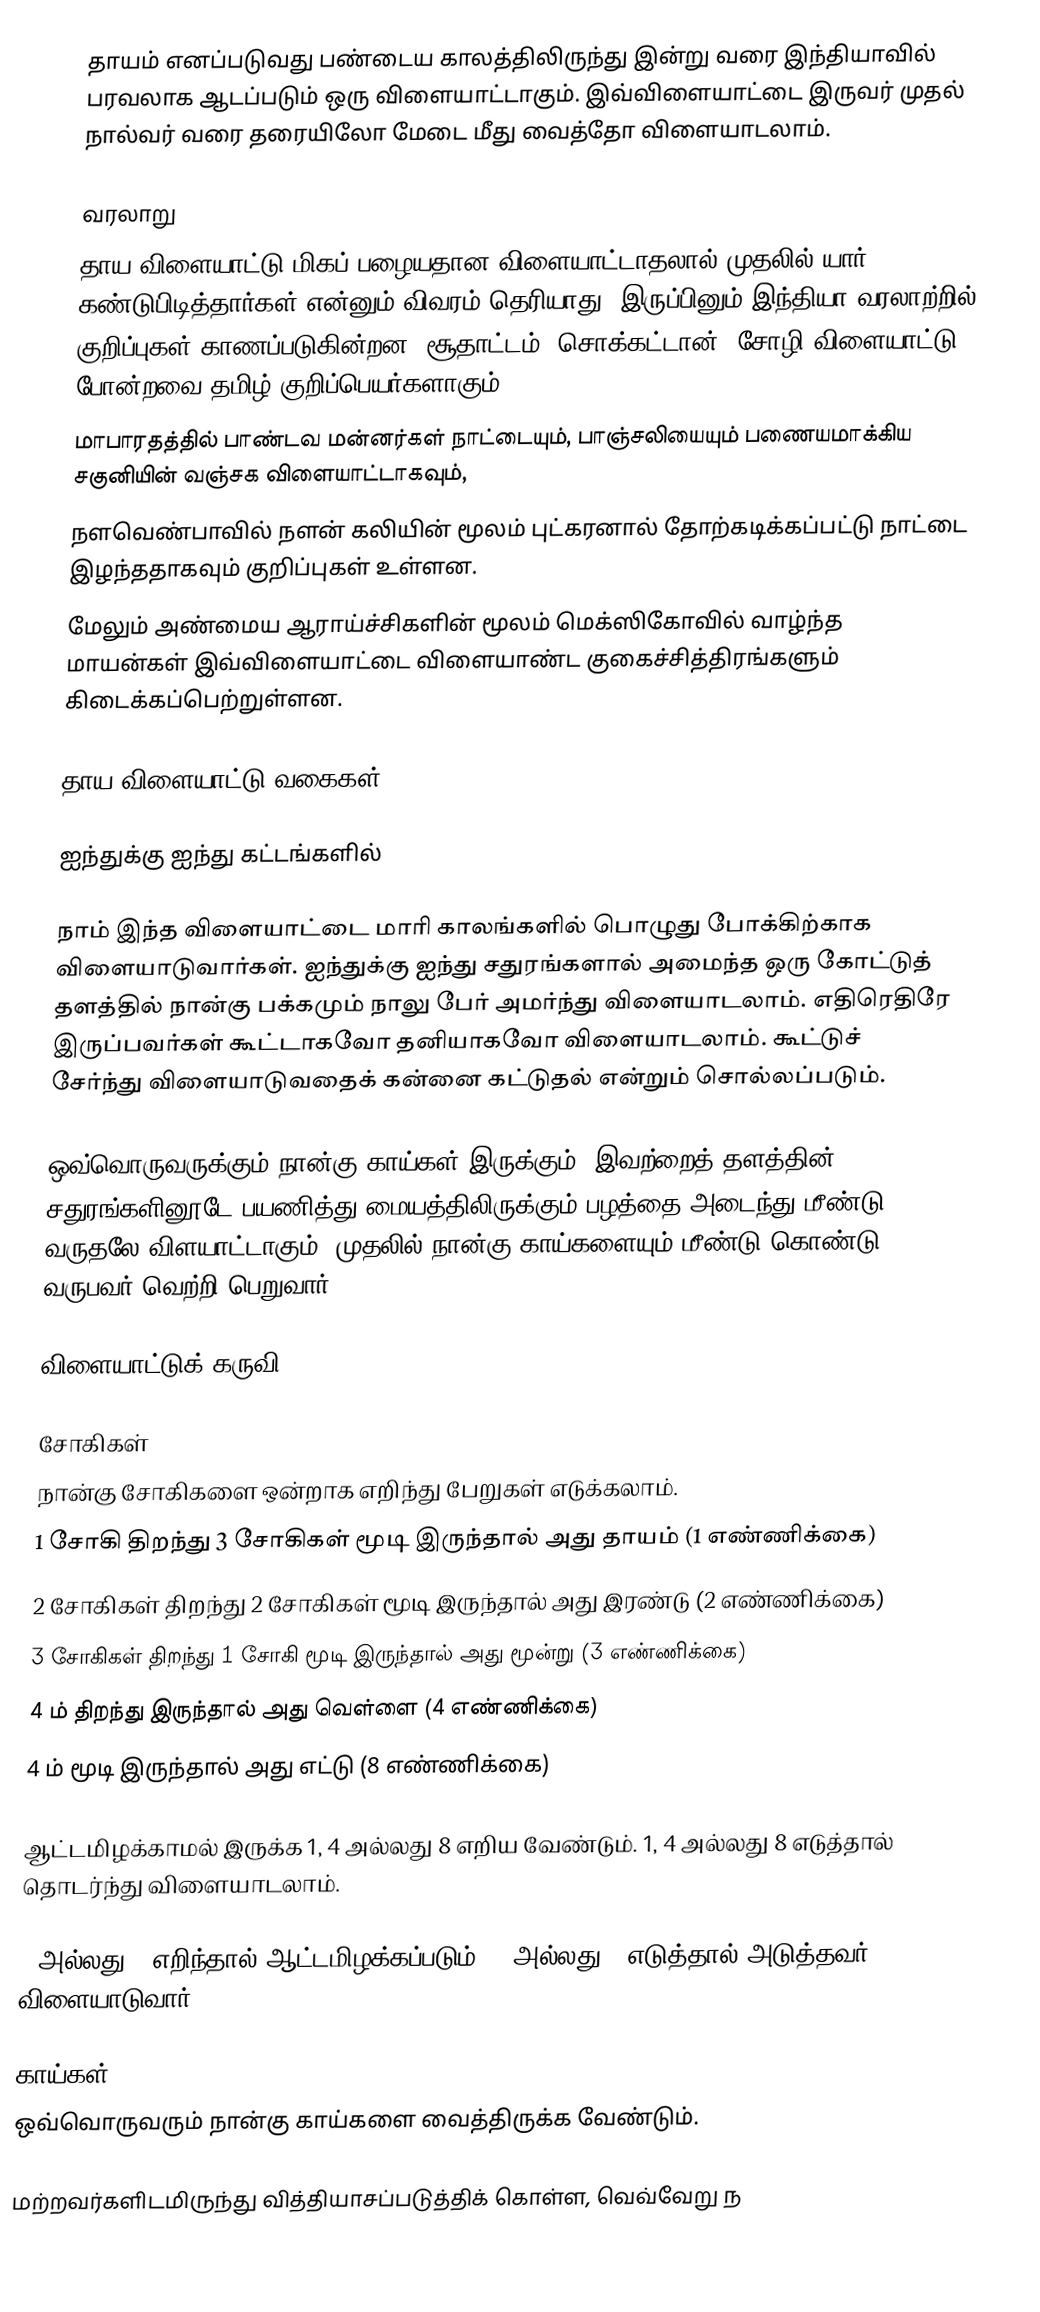
தாயம் எனப்படுவது பண்டைய காலத்திலிருந்து இன்று வரை இந்தியாவில் பரவலாக ஆடப்படும் ஒரு விளையாட்டாகும். இவ்விளையாட்டை இருவர் முதல் நால்வர் வரை தரையிலோ மேடை மீது வைத்தோ விளையாடலாம்.

வரலாறு
தாய விளையாட்டு மிகப் பழையதான விளையாட்டாதலால் முதலில் யார் கண்டுபிடித்தார்கள் என்னும் விவரம் தெரியாது. இருப்பினும் இந்தியா வரலாற்றில் குறிப்புகள் காணப்படுகின்றன. சூதாட்டம், சொக்கட்டான், சோழி விளையாட்டு போன்றவை தமிழ் குறிப்பெயர்களாகும்.
மாபாரதத்தில் பாண்டவ மன்னர்கள் நாட்டையும், பாஞ்சலியையும் பணையமாக்கிய சகுனியின் வஞ்சக விளையாட்டாகவும்,
நளவெண்பாவில் நளன் கலியின் மூலம் புட்கரனால் தோற்கடிக்கப்பட்டு நாட்டை இழந்ததாகவும் குறிப்புகள் உள்ளன.
மேலும் அண்மைய ஆராய்ச்சிகளின் மூலம் மெக்ஸிகோவில் வாழ்ந்த மாயன்கள் இவ்விளையாட்டை விளையாண்ட குகைச்சித்திரங்களும் கிடைக்கப்பெற்றுள்ளன.

தாய விளையாட்டு வகைகள்

ஐந்துக்கு ஐந்து கட்டங்களில்

நாம் இந்த விளையாட்டை மாரி காலங்களில் பொழுது போக்கிற்காக விளையாடுவார்கள். ஐந்துக்கு ஐந்து சதுரங்களால் அமைந்த ஒரு கோட்டுத் தளத்தில் நான்கு பக்கமும் நாலு பேர் அமர்ந்து விளையாடலாம். எதிரெதிரே இருப்பவர்கள் கூட்டாகவோ தனியாகவோ விளையாடலாம். கூட்டுச் சேர்ந்து விளையாடுவதைக் கன்னை கட்டுதல் என்றும் சொல்லப்படும்.

ஒவ்வொருவருக்கும் நான்கு காய்கள் இருக்கும். இவற்றைத் தளத்தின் சதுரங்களினூடே பயணித்து மையத்திலிருக்கும் பழத்தை அடைந்து மீண்டு வருதலே விளயாட்டாகும். முதலில் நான்கு காய்களையும் மீண்டு கொண்டு வருபவர் வெற்றி பெறுவார்.

விளையாட்டுக் கருவி

சோகிகள்
நான்கு சோகிகளை ஒன்றாக எறிந்து பேறுகள் எடுக்கலாம்.
 1 சோகி திறந்து 3 சோகிகள் மூடி இருந்தால் அது தாயம் (1 எண்ணிக்கை)
 2 சோகிகள் திறந்து 2 சோகிகள் மூடி இருந்தால் அது இரண்டு (2 எண்ணிக்கை)
 3 சோகிகள் திறந்து 1 சோகி மூடி இருந்தால் அது மூன்று (3 எண்ணிக்கை)
 4 ம் திறந்து இருந்தால் அது வெள்ளை (4 எண்ணிக்கை)
 4 ம் மூடி இருந்தால் அது எட்டு (8 எண்ணிக்கை)

ஆட்டமிழக்காமல் இருக்க 1, 4 அல்லது 8 எறிய வேண்டும். 1, 4 அல்லது  8 எடுத்தால் தொடர்ந்து விளையாடலாம்.

2 அல்லது 3 எறிந்தால் ஆட்டமிழக்கப்படும். 2 அல்லது  3 எடுத்தால் அடுத்தவர் விளையாடுவார்.

காய்கள்
ஒவ்வொருவரும் நான்கு காய்களை வைத்திருக்க வேண்டும்.

மற்றவர்களிடமிருந்து வித்தியாசப்படுத்திக் கொள்ள, வெவ்வேறு ந